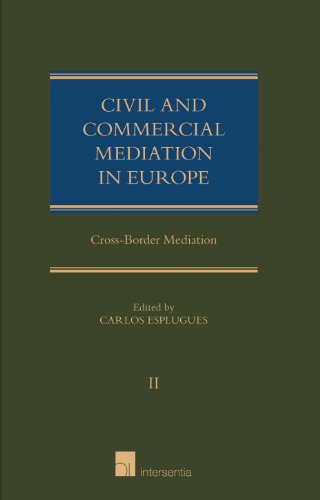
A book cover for Civil and Commercial Mediation in Europe - Volume II: Cross-Border Mediation; Law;